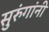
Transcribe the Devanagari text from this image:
सुरुंगांनी